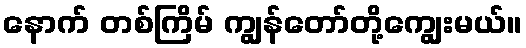
နောက် တစ်ကြိမ် ကျွန်တော်တို့ကျွေးမယ်။